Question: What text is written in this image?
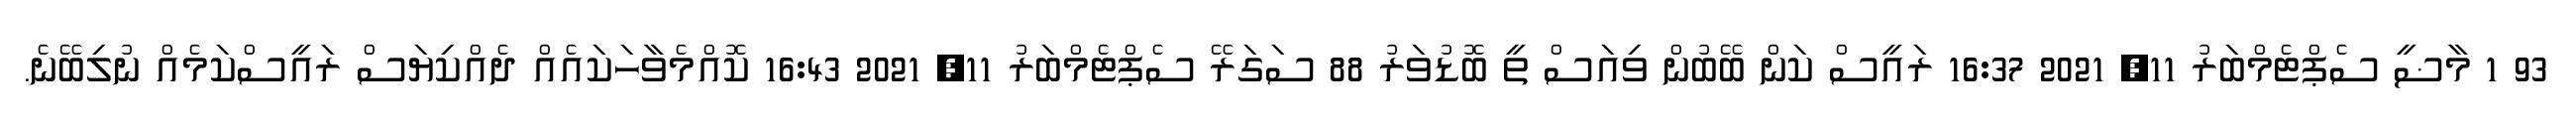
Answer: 93 1 މާޟީ ސެޕްޓެމްބަރު 11, 2021 16:37 ރައީސް ކަން ބޭބުން ވިއަސް ތީ ބޮޑުވަރު 88 ސަގަރޭ ސެޕްޓެމްބަރު 11, 2021 16:43 ކޮއްމެވާހަކައެއް ދެއްކިޔަސް ރައީސްކަމެއް ނުލިބޭނެ.